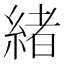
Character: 緒